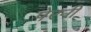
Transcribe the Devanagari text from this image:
पेरनी